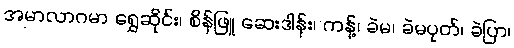
အမာလာဂမာ ရွှေဆိုင်း၊ စိန်ဖြူ ဆေးဒါန်း၊ ကန့်၊ ခဲမ၊ ခဲမပုတ်၊ ခဲပြာ၊